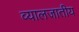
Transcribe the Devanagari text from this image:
व्यालजातीय